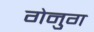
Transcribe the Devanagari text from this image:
गेनुग